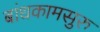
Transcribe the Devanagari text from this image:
बांधकामसुरु